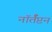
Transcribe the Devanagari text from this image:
नॉर्तँप्टन